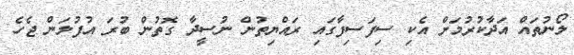
ލޯނުތައް އަދާކުރުމަށް އެކި ސިފަސިފާގައި ރައްޔިތުން ނުސީދާ ގޮތުން ބުރަ އުފުލަން ޖެހެ